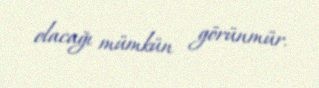
olacağı mümkün görünmür.